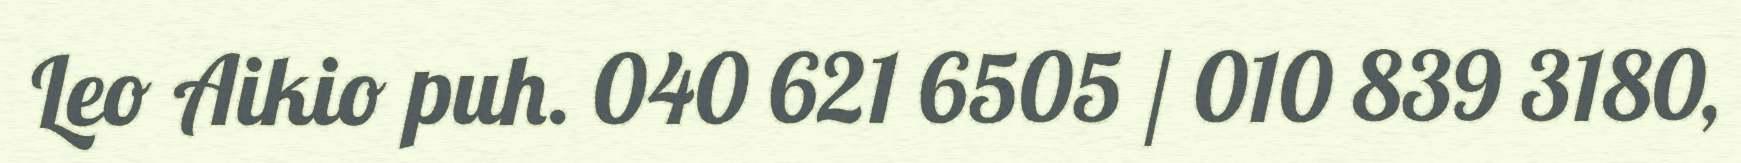
Leo Aikio puh. 040 621 6505 / 010 839 3180,